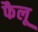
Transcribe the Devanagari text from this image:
फैलू